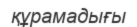
құрамадығы